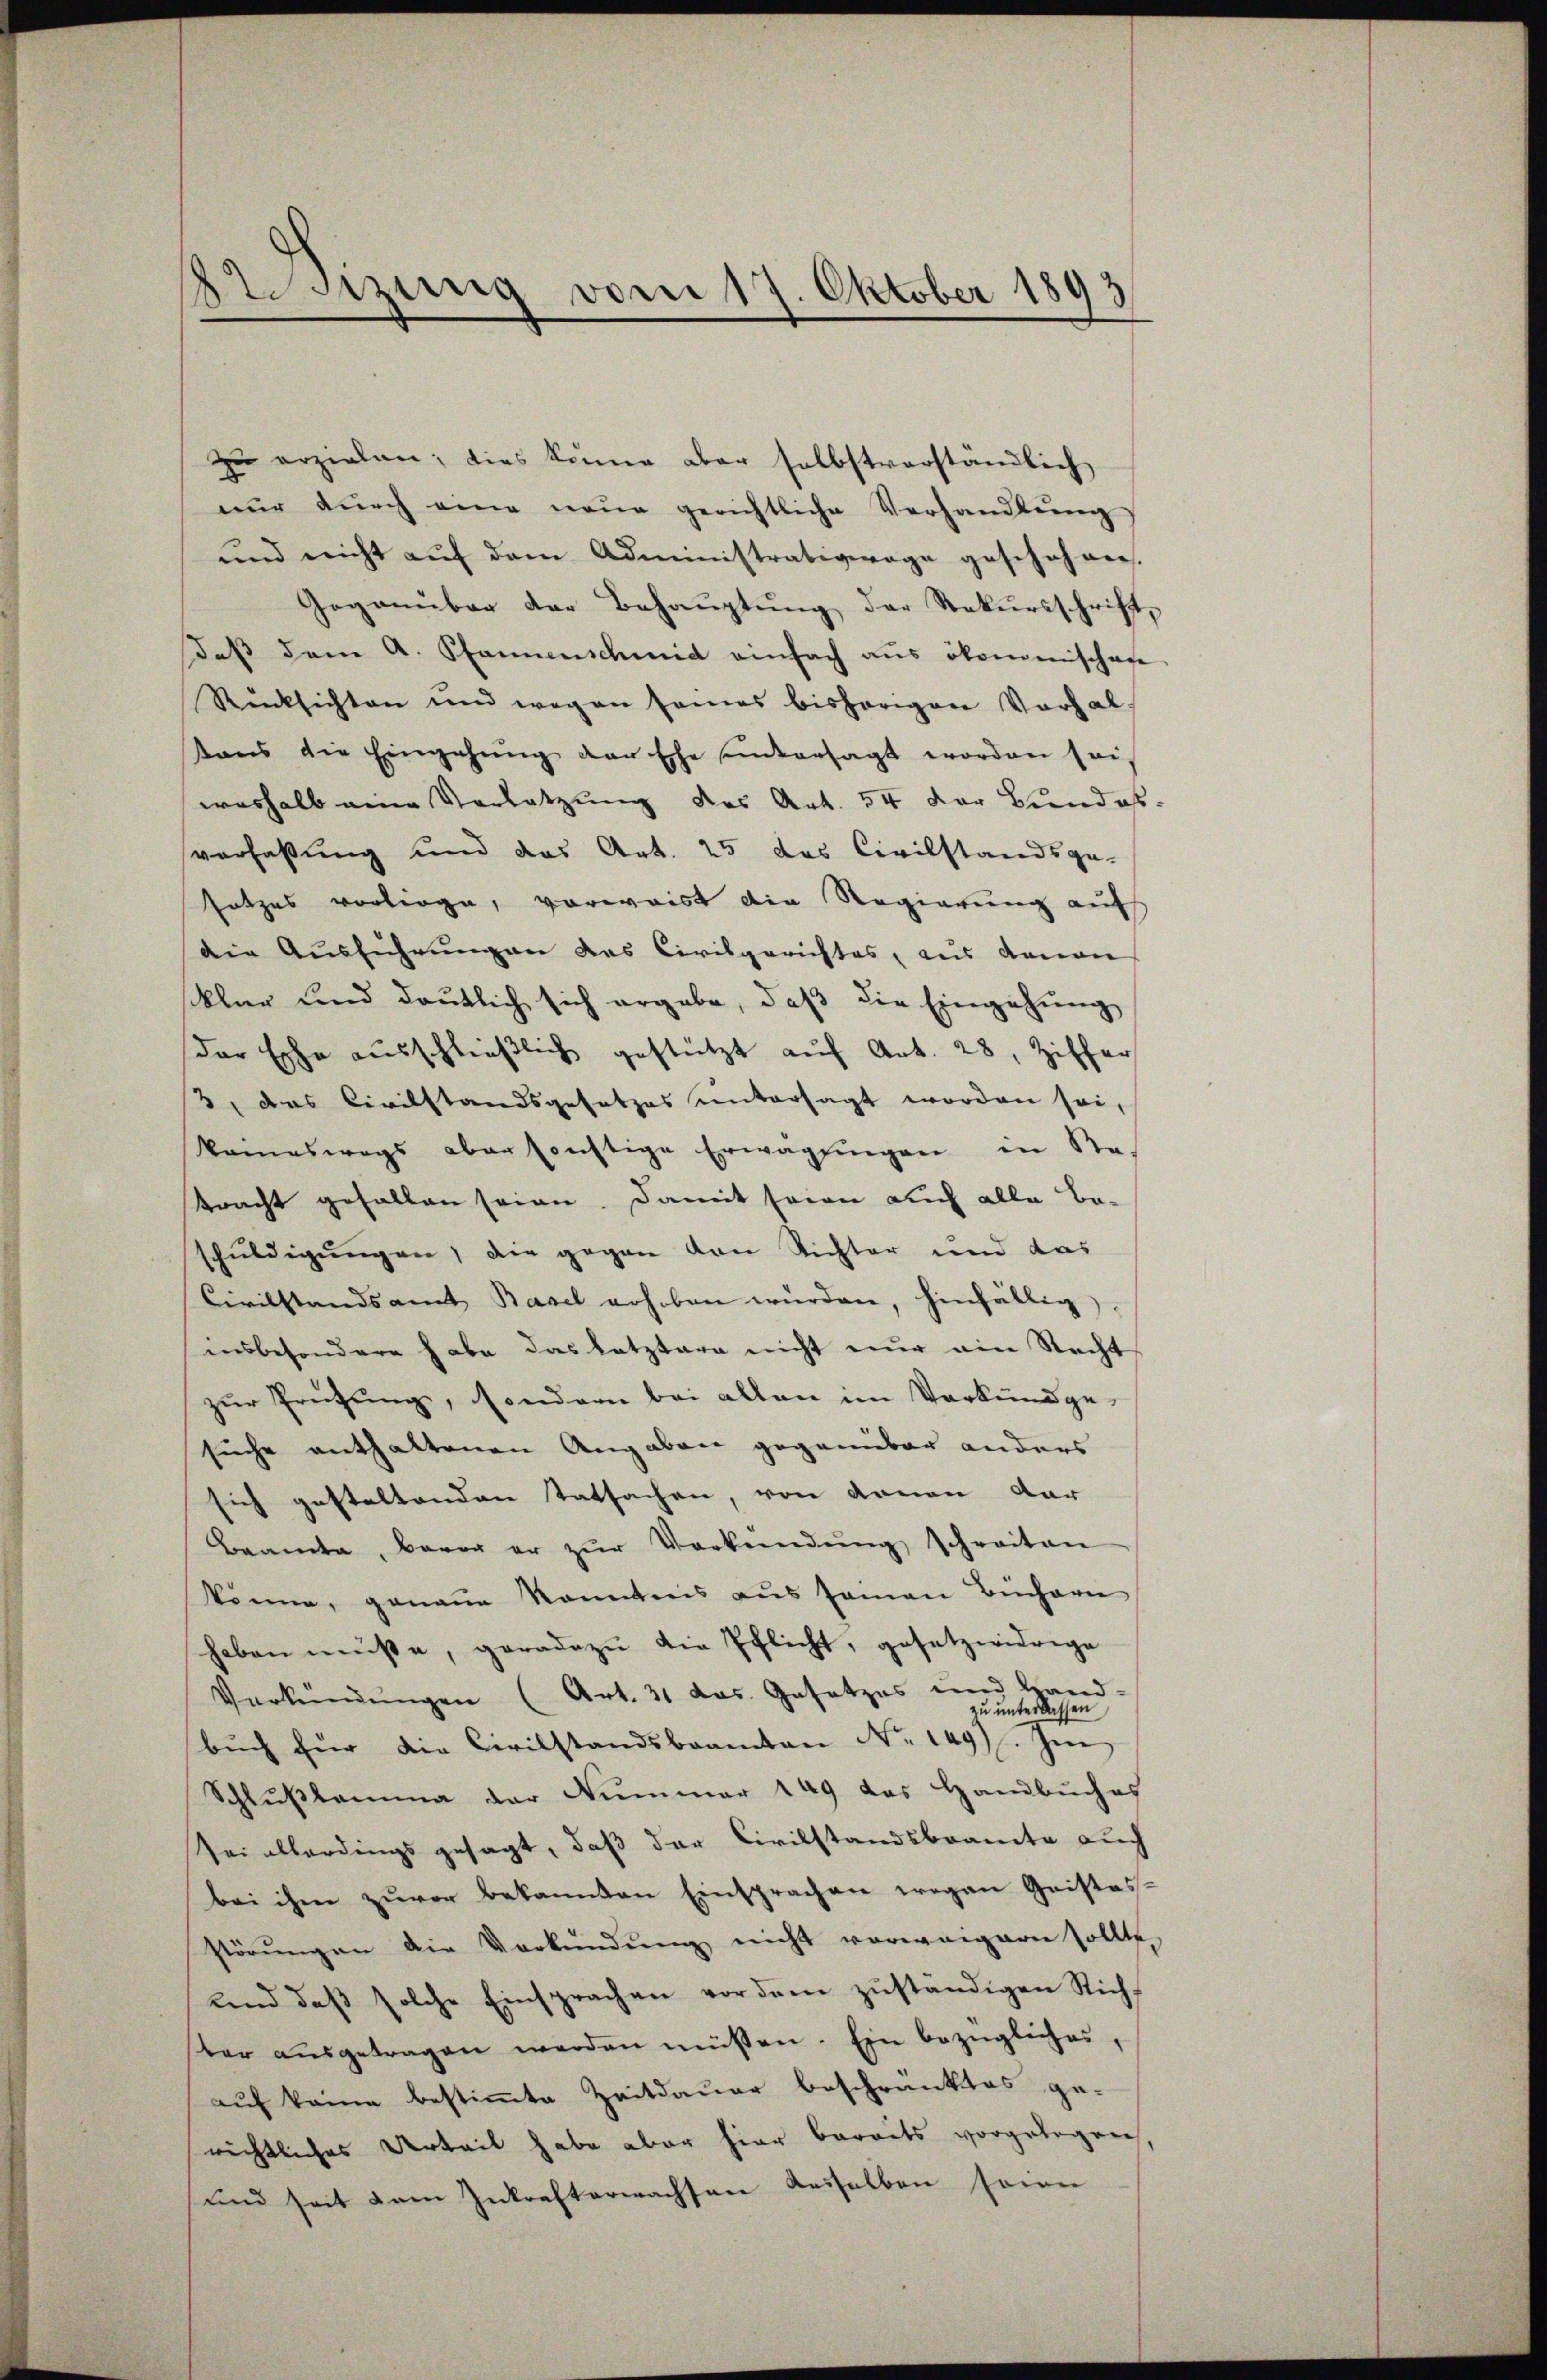
2t. Sizung vom 17. Oktober 1893

zu erzielen; dies könne aber selbstverständlich
nŭr dŭrch eine neŭe gerichtliche Verhandlŭng
und nicht auf dem Administrativage geschehnen.
Gegenüber der Behaŭptŭng der Rekursschrift,
daβ dem A. Pfannenschmid einfach aus ökonomischen
Rücksichten und wegen seies bisherigen Vorhal
tans die Eingehŭng der Ehe untersagt worden sei,
weshalb eine Verletzung des Art. 54 der Bundes
sverfaßung und das Art. 25 das Civilstandsge-
satzes vorliege, vorweist die Regierung auf
die Ausführungen das Civilgerichtes, aus denan
klar und deutlich sich ergabe, daß die Eingehung
der Esche ausschließlich gestützt auf Art. 28, Ziffer
3, das Civilstandsgesetzes untersagt worden sei,
keineswegs aber sonstige Erwägungen in Retracht gefallen seien. Damit seien auch alle Beschuldigungen, die gegen von Richter und das
Civilstandsamt Basel erhoben würden, hinfällig,
insbesondere habe das letztere nicht nur ein Recht
zur Prüfung, sondern bei allen im Verkundge-
suche enthaltenen Angaben gegenüber anders
sich gestaltenden Tatsachen, von denen dar
Beamte, bevor er zŭr Verkündŭng schreiten
könne, genaue konnteris aus seinen Büchern
haben müsse, geradezu die Pflicht, gesetzwidrige
Verkündŭngen (Art. 31 das Gesetzes aus
bŭch für die Civilstandsbeamten No. 1497. Im
Schlußbama der Nummer 149 das Handbuches
Zei allerdingsgesagt, daß der Civilstandsbeamte auch
bei ihm zuvor bekannten Einsprachen wegen Geistes-
störŭngen die Verkündung nicht verweigern sollte,
und dass solche Einsprachen vor dem zŭständigen Richt
ter aŭsgetragen werden müssen. Ein bezügliches,
auf keine bestimmte Zeitdauer beschränktes ge-
richtliches Urteil habe aber hier bereits vorgelegen,
und seit dem Inkrafterwachsen desselben sein